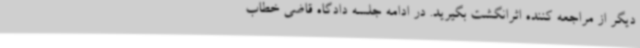
دیگر از مراجعه کننده اثرانگشت بگیرید. در ادامه جلسه دادگاه قاضی خطاب